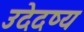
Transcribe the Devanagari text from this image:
उदेदष्य